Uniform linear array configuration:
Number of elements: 32
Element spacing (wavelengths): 1
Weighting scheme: binomial
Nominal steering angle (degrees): -30
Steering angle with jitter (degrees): -31.118
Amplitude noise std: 0.05
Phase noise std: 0.05

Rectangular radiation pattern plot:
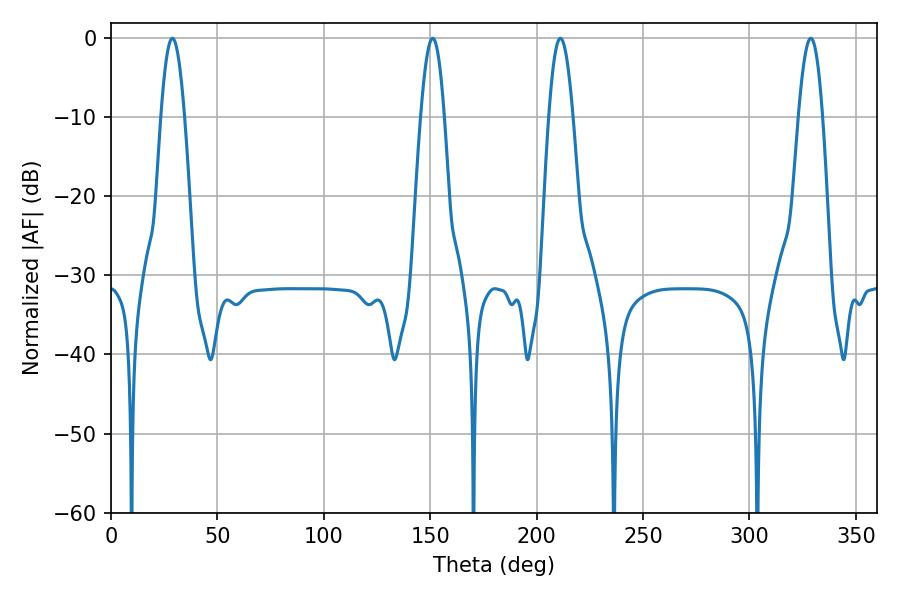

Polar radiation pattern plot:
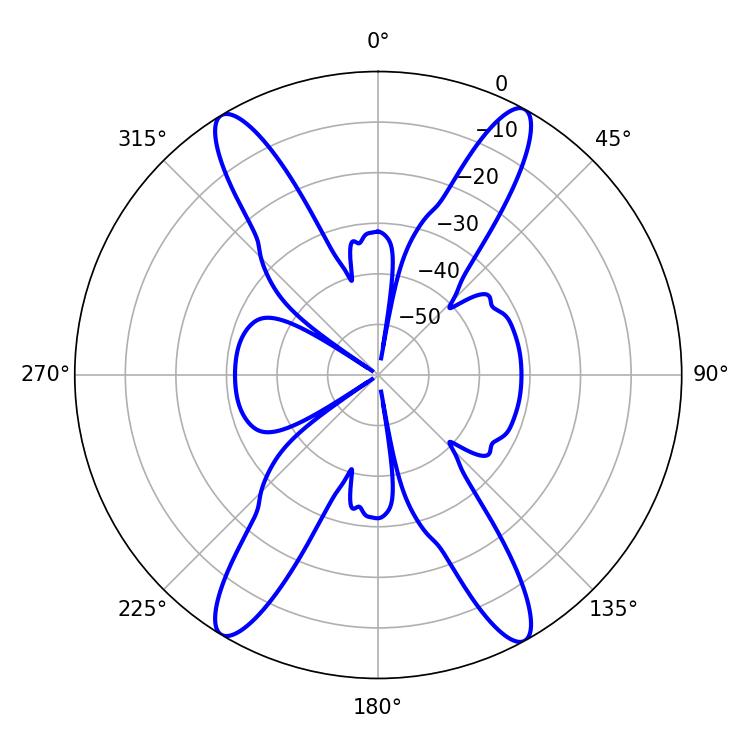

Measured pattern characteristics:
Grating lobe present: TRUE
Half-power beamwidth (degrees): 6.3
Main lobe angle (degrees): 211.14